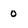
Character: 0